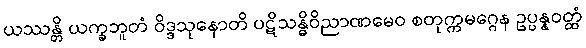
ယဿန္တိ ယက္ခဘူတံ ဝိဒ္ဒသုနောတိ ပဋိသန္ဓိဝိညာဏမေဝ စတုက္ကမဂ္ဂေန ဥပ္ပန္နဝတ္ထံ